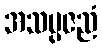
အသမ္ပဇညံ